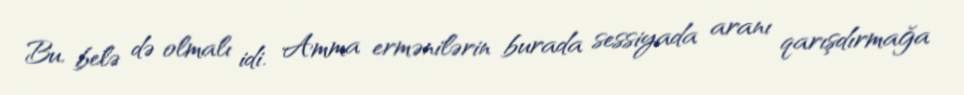
Bu, belə də olmalı idi. Amma ermənilərin burada sessiyada aranı qarışdırmağa